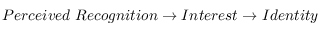
P e r c e i v e d \; R e c o g n i t i o n \rightarrow I n t e r e s t \rightarrow I d e n t i t y